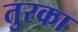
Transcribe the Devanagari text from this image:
तुरका